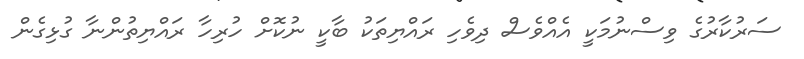
ސަރުކާރުގެ ވިސްނުމަކީ އެއްވެސް ދިވެހި ރައްޔިތަކު ބާކީ ނުކޮށް ހުރިހާ ރައްޔިތުންނާ ގުޅިގެން